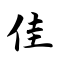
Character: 佳